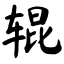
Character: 辊